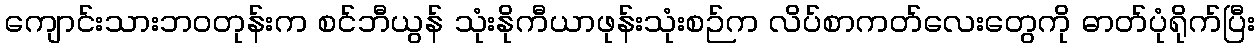
ကျောင်းသားဘဝတုန်းက စင်ဘီယွန် သုံးနိုကီယာဖုန်းသုံးစဉ်က လိပ်စာကတ်လေးတွေကို ဓာတ်ပုံရိုက်ပြီး